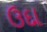
ઉદા